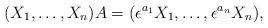
LaTeX: \begin{align*}(X_1,\dots,X_n)A=(\epsilon^{a_1}X_1,\dots,\epsilon^{a_n}X_n),\end{align*}